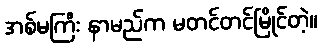
အစ်မကြီး နာမည်က မတင်တင်မြိုင်တဲ့။